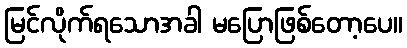
မြင်လိုက်ရသောအခါ မပြောဖြစ်တော့ပေ။